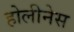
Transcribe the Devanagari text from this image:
होलीनेस